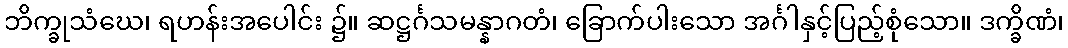
ဘိက္ခုသံဃေ၊ ရဟန်းအပေါင်း ၌။ ဆဋ္ဌင်္ဂသမန္နာဂတံ၊ ခြောက်ပါးသော အင်္ဂါနှင့်ပြည့်စုံသော။ ဒက္ခိဏံ၊